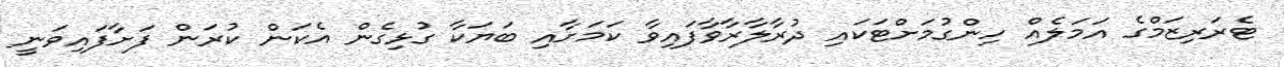
ޓެރަރިޒަމްގެ އަމަލެއް ހިންގުމަށްޓަކައި ދުރާލާރާވާފައިވާ ކަމަށާއި ބަޔަކާ ގުޅިގެން އެކަން ކުރަން ފަށާފައިވަނީ